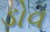
ડોવ